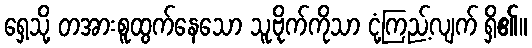
ရှေ့သို့ တအားစူထွက်နေသော သူ့ဗိုက်ကိုသာ ငုံ့ကြည့်လျက် ရှိ၏။